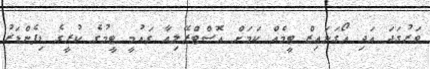
ވަރުގަދަ އަދި އޯގަނައިޒް ޓީމެއް ކަމަށް އޮސްޓްރޭލިއާ ގައުމީ ޓީމުގެ ކުރީގެ ޑިފެންޑަރު